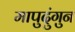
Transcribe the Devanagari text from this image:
मापुदुंगुन